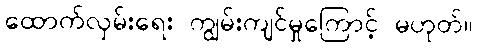
ထောက်လှမ်းရေး ကျွမ်းကျင်မှုကြောင့် မဟုတ်။